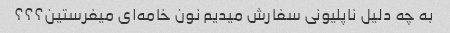
به چه دلیل ناپلیونی سفارش میدیم نون خامه‌ای میفرستین؟؟؟